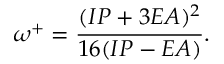
\omega ^ { + } = \frac { ( I P + 3 E A ) ^ { 2 } } { 1 6 ( I P - E A ) } .